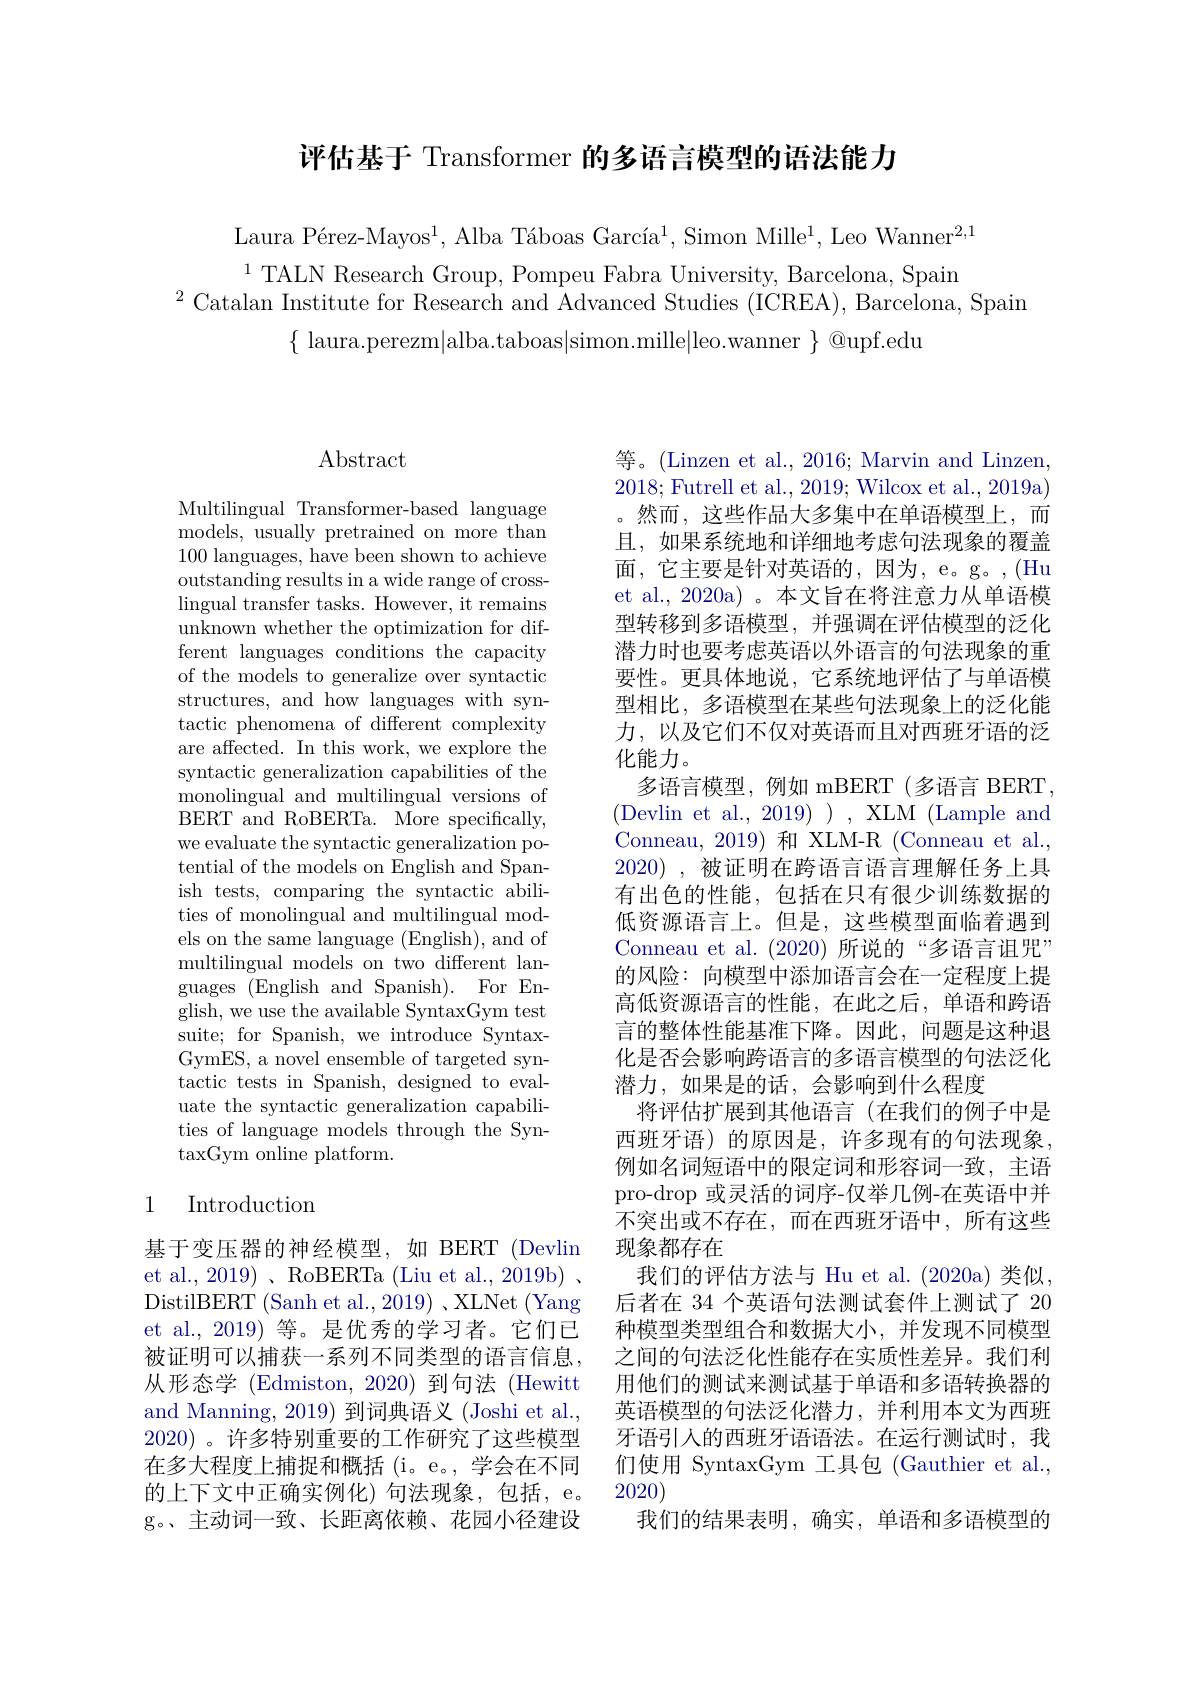
评估基于 Transformer 的多语言模型的语法能力

Laura Pérez-Mayos$^1,\text{Alba Táboas García}^1,\text{Simon Mille}^1,\text{Leo Wanner}^{2,1}$ $^{1}$TALN Research Group, Pompeu Fabra University, Barcelona, Spain
$^{2}$Catalan Institute for Research and Advanced Studies (ICREA), Barcelona, Spain
$\{$ laura.perezm|alba.taboas|simon.mille|leo.wanner $\}$ @upf.edu

## $\operatorname{Abstract}$

Multilingual Transformer-based language models, usually pretrained on more than 100 languages, have been shown to achieve outstanding results in a wide range of cross- $\operatorname{lingual}$ transfer tasks. However, it remains unknown whether the optimization for different languages conditions the capacity of the models to generalize over syntactic structures, and how languages with syntactic phenomena of different complexity are affected. In this work, we explore the syntactic generalization capabilities of the monolingual and multilingual versions of BERT and RoBERTa. $\bar{More specifically}$, we evaluate the syntactic generalization potential of the models on English and Spanish tests, comparing the syntactic abilities of monolingual and multilingual models on the same language (English), and of multilingual models on two different languages ( English and Spanish) . For En- glish, we use the available SyntaxGym test suite; for Spanish, we introduce SyntaxGymES, a novel ensemble of targeted syntactic tests in Spanish, designed to evaluate the syntactic generalization capabilities of language models through the SyntaxGym online platform.

### 1 Introduction

基于变压器的神经模型，如 BERT (Devlin et al., 2019) 、RoBERTa (Liu et al., 2019b) . DistilBERT (Sanh et al., 2019) 、XLNet (Yang et al., 2019) 等。是优秀的学习者。它们已被证明可以捕获一系列不同类型的语言信息， 从形态学 (Edmiston, 2020) 到句法 (Hewitt and Manning, 2019) 到词典语义 (Joshi et al., 2020) 。许多特别重要的工作研究了这些模型在多大程度上捕捉和概括 (i。e。, 学会在不同的上下文中正确实例化)句法现象，包括，e。g。、主动词一致、长距离依赖、花园小径建设

等。(Linzen et al., 2016; Marvin and Linzen, 2018; Futrell et al., 2019; Wilcox et al., 2019a) 。然而，这些作品大多集中在单语模型上，而且，如果系统地和详细地考虑句法现象的覆盖面，它主要是针对英语的，因为，e。g。,(Hu et al., 2020a) 。本文旨在将注意力从单语模型转移到多语模型，并强调在评估模型的泛化潜力时也要考虑英语以外语言的句法现象的重要性。更具体地说，它系统地评估了与单语模型相比，多语模型在某些句法现象上的泛化能力，以及它们不仅对英语而且对西班牙语的泛化能力。
多语言模型，例如 mBERT(多语言 BERT. (Devlin et al., 2019)), XLM (Lample and Conneau, 2019) 和 XLM-R (Conneau et al. 2020) ,被证明在跨语言语言理解任务上具有出色的性能，包括在只有很少训练数据的低资源语言上。但是，这些模型面临着遇到Conneau et al. (2020)所说的“多语言诅咒” 的风险：向模型中添加语言会在一定程度上提高低资源语言的性能，在此之后，单语和跨语言的整体性能基准下降。因此，问题是这种退化是否会影响跨语言的多语言模型的句法泛化潜力，如果是的话，会影响到什么程度
将评估扩展到其他语言(在我们的例子中是西班牙语) 的原因是，许多现有的句法现象， 例如名词短语中的限定词和形容词一致，主语pro-drop 或灵活的词序-仅举几例-在英语中并不突出或不存在，而在西班牙语中，所有这些现象都存在
我们的评估方法与 Hu et al. (2020a)类似， 后者在 34 个英语句法测试套件上测试了 20种模型类型组合和数据大小，并发现不同模型之间的句法泛化性能存在实质性差异。我们利用他们的测试来测试基于单语和多语转换器的英语模型的句法泛化潜力，并利用本文为西班牙语引人的西班牙语语法。在运行测试时，我们使用 SyntaxGym 工具包 (Gauthier et al., 2020)
我们的结果表明，确实，单语和多语模型的